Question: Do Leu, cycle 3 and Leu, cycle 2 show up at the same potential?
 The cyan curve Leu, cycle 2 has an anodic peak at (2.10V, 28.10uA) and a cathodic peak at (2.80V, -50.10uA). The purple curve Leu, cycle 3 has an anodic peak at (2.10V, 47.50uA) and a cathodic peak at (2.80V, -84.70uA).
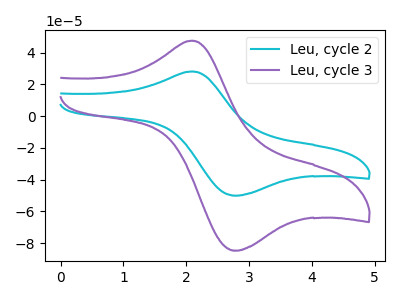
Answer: <think>All the peaks in "Leu, cycle 3" have a peak in "Leu, cycle 2" at the same potential. Every peak in "Leu, cycle 3" is higher than every peak in "Leu, cycle 2".
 </think>
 <answer>"Leu, cycle 3" and "Leu, cycle 2" are similar in shape.</answer>
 <eval>same_shape</eval>